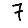
Digit: 7